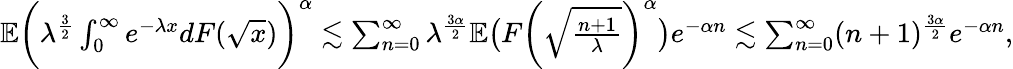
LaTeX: \begin{array}{r}{\mathbb{E}\biggl(\lambda^{\frac{3}{2}}\int_{0}^{\infty}e^{-\lambda x}dF(\sqrt{x})\biggr)^{\alpha}\lesssim\sum_{n=0}^{\infty}\lambda^{\frac{3\alpha}{2}}\mathbb{E}\bigl(F\biggl(\sqrt{\frac{n+1}{\lambda}}\biggr)^{\alpha}\bigr)e^{-\alpha n}\lesssim\sum_{n=0}^{\infty}(n+1)^{\frac{3\alpha}{2}}e^{-\alpha n},}\end{array}